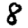
Digit: 8